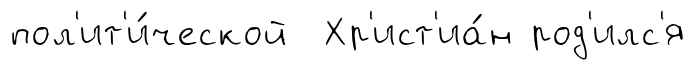
пол'ит'и́ческой Хр'ист'иа́н род'илс'я